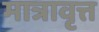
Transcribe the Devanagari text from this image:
मात्रावृत्त